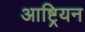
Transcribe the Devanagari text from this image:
आष्ट्रियन